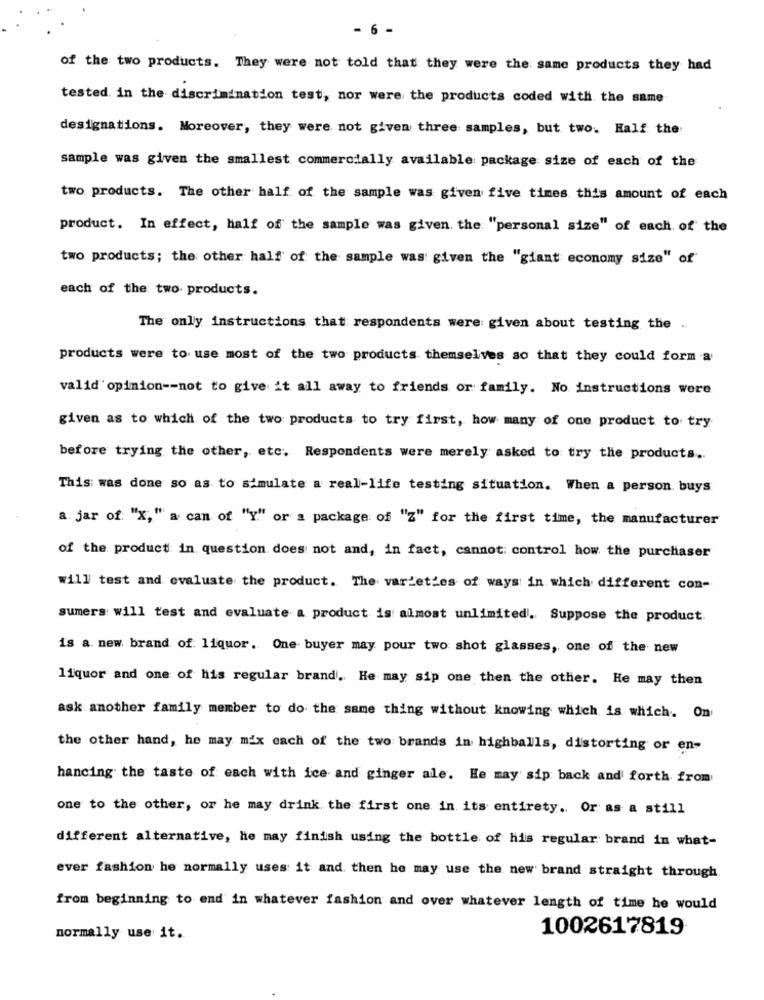
- 6 -
of the two products. They were not told that they were the same products they had
tested. in the discrimination test, nor were the products coded with the same
designations. Moreover, they were not given three samples, but two. Half the
sample was given the smallest commercially available package size of each of the
two products. The other half of the sample was given five times this amount of each
product. In effect, half of the sample was given the "personal size" of each of the
two products; the other half of the sample was given the "giant economy size" of
each of the two products.
The only instructions that respondents were given about testing the ..
products were to use most of the two products themselves so that they could form a
valid'opinion -- not to give it all away to friends or family. No instructions were
given as to which of the two products to try first, how many of one product to try
before trying the other, etc. Respondents were merely asked to try the products ..
This was done so as to simulate a real-life testing situation. When a person. buys
a jar of "X," a can of "Y" or a package of "z" for the first time, the manufacturer
of the product in question does not and, in fact, cannot: control how the purchaser
will test and evaluate the product. The varieties of ways in which different con-
sumers will test and evaluate a product is almost unlimited. Suppose the product.
is a. new. brand of: liquor. One buyer may pour two shot glasses, one of the new
liquor and one of his regular brand. He may sip one then the other. He may then
ask another family member to do the same thing without knowing which is which. On
the other hand, he may mix each of the two brands in highballs, distorting or en-
hancing the taste of each with ice and ginger ale. He may sip back and forth from
one to the other, or he may drink the first one in its entirety. Or as a still
different alternative, he may finish using the bottle of his regular brand in what-
ever fashion he normally uses it and then he may use the new brand straight through
from beginning to end in whatever fashion and over whatever length of time he would
1002617819
normally use it.